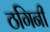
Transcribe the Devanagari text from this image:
ठगिनी